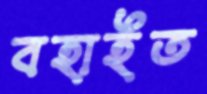
বহাইত